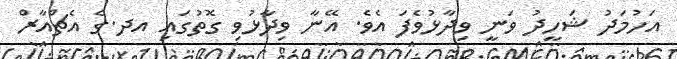
އަހުމަދު ޝަހީދު ވަނީ ވިދާޅުވެފަ އެވެ. އޭނާ ވިދާޅުވި ގޮތުގައި އދ.ގެ އެޗްއާރް